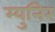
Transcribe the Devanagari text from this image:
म्युनिर